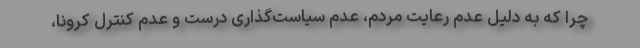
چرا که به دلیل عدم رعایت مردم، عدم سیاست‌گذاری درست و عدم کنترل کرونا،